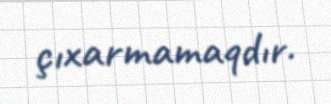
çıxarmamaqdır.